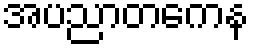
အပညာတကေန